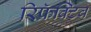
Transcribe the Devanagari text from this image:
रिफ्रॅक्टिव